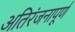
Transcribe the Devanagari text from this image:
अतिरंजनापूर्ण